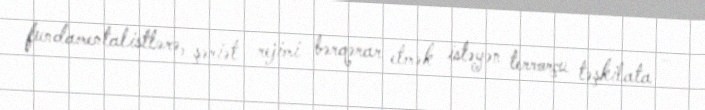
fundamentalistlərə, şəriət rejimi bərqərar etmək istəyən terrorçu təşkilata –